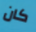
كان